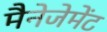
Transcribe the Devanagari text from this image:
मैनेजेमेंट